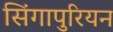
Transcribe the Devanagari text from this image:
सिंगापुरियन